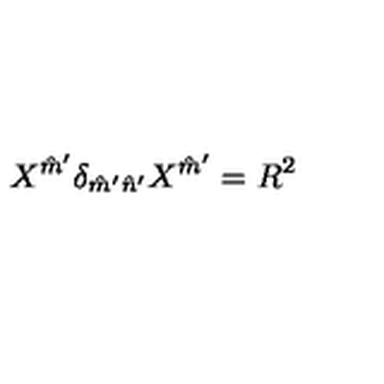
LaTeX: X ^ { \hat { m } ^ { \prime } } \delta _ { \hat { m } ^ { \prime } \hat { n } ^ { \prime } } X ^ { \hat { m } ^ { \prime } } = R ^ { 2 }